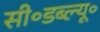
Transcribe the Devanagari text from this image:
सी॰डब्ल्यू॰